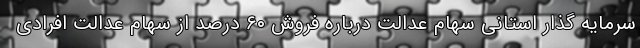
سرمایه گذار استانی سهام عدالت درباره فروش ۶۰ درصد از سهام عدالت افرادی